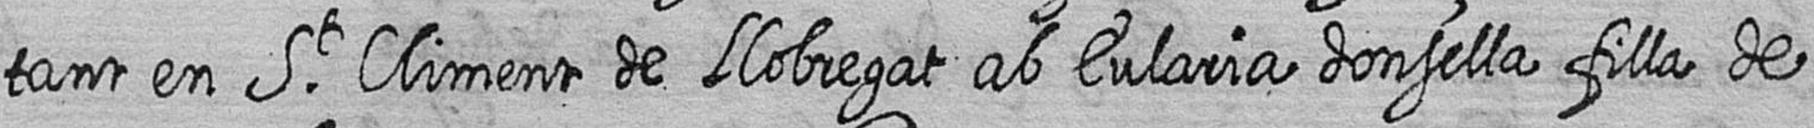
tant en St Climent de Llobregat ab Eularia donsella filla de